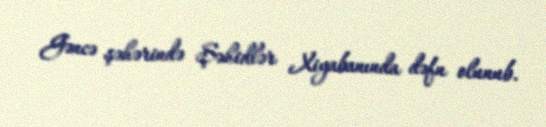
Gəncə şəhərində Şəhidlər Xiyabanında dəfn olunub.